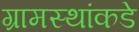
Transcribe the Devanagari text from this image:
ग्रामस्थांकडे